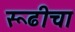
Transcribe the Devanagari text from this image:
रूढीचा